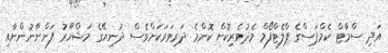
އަދި ސްމާޓް ކެމްޕަސްގެ ޕްލެޓްފޯމް މެދުވެރިކޮށް ކޮންމެ ދަރިވަރަކަށްވެސް ދުނިޔޭގެ މަޝްހޫރު ފަންނާނުންނާއި